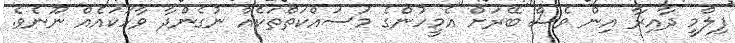
ފިލްމީ ދާއިރާ އިން ވެސް ބޭރަށް އެމީހުންގެ މަސައްކަތްތަކެއް ނުގެންދާ ވާހަކައެއް ނޫނެވެ.